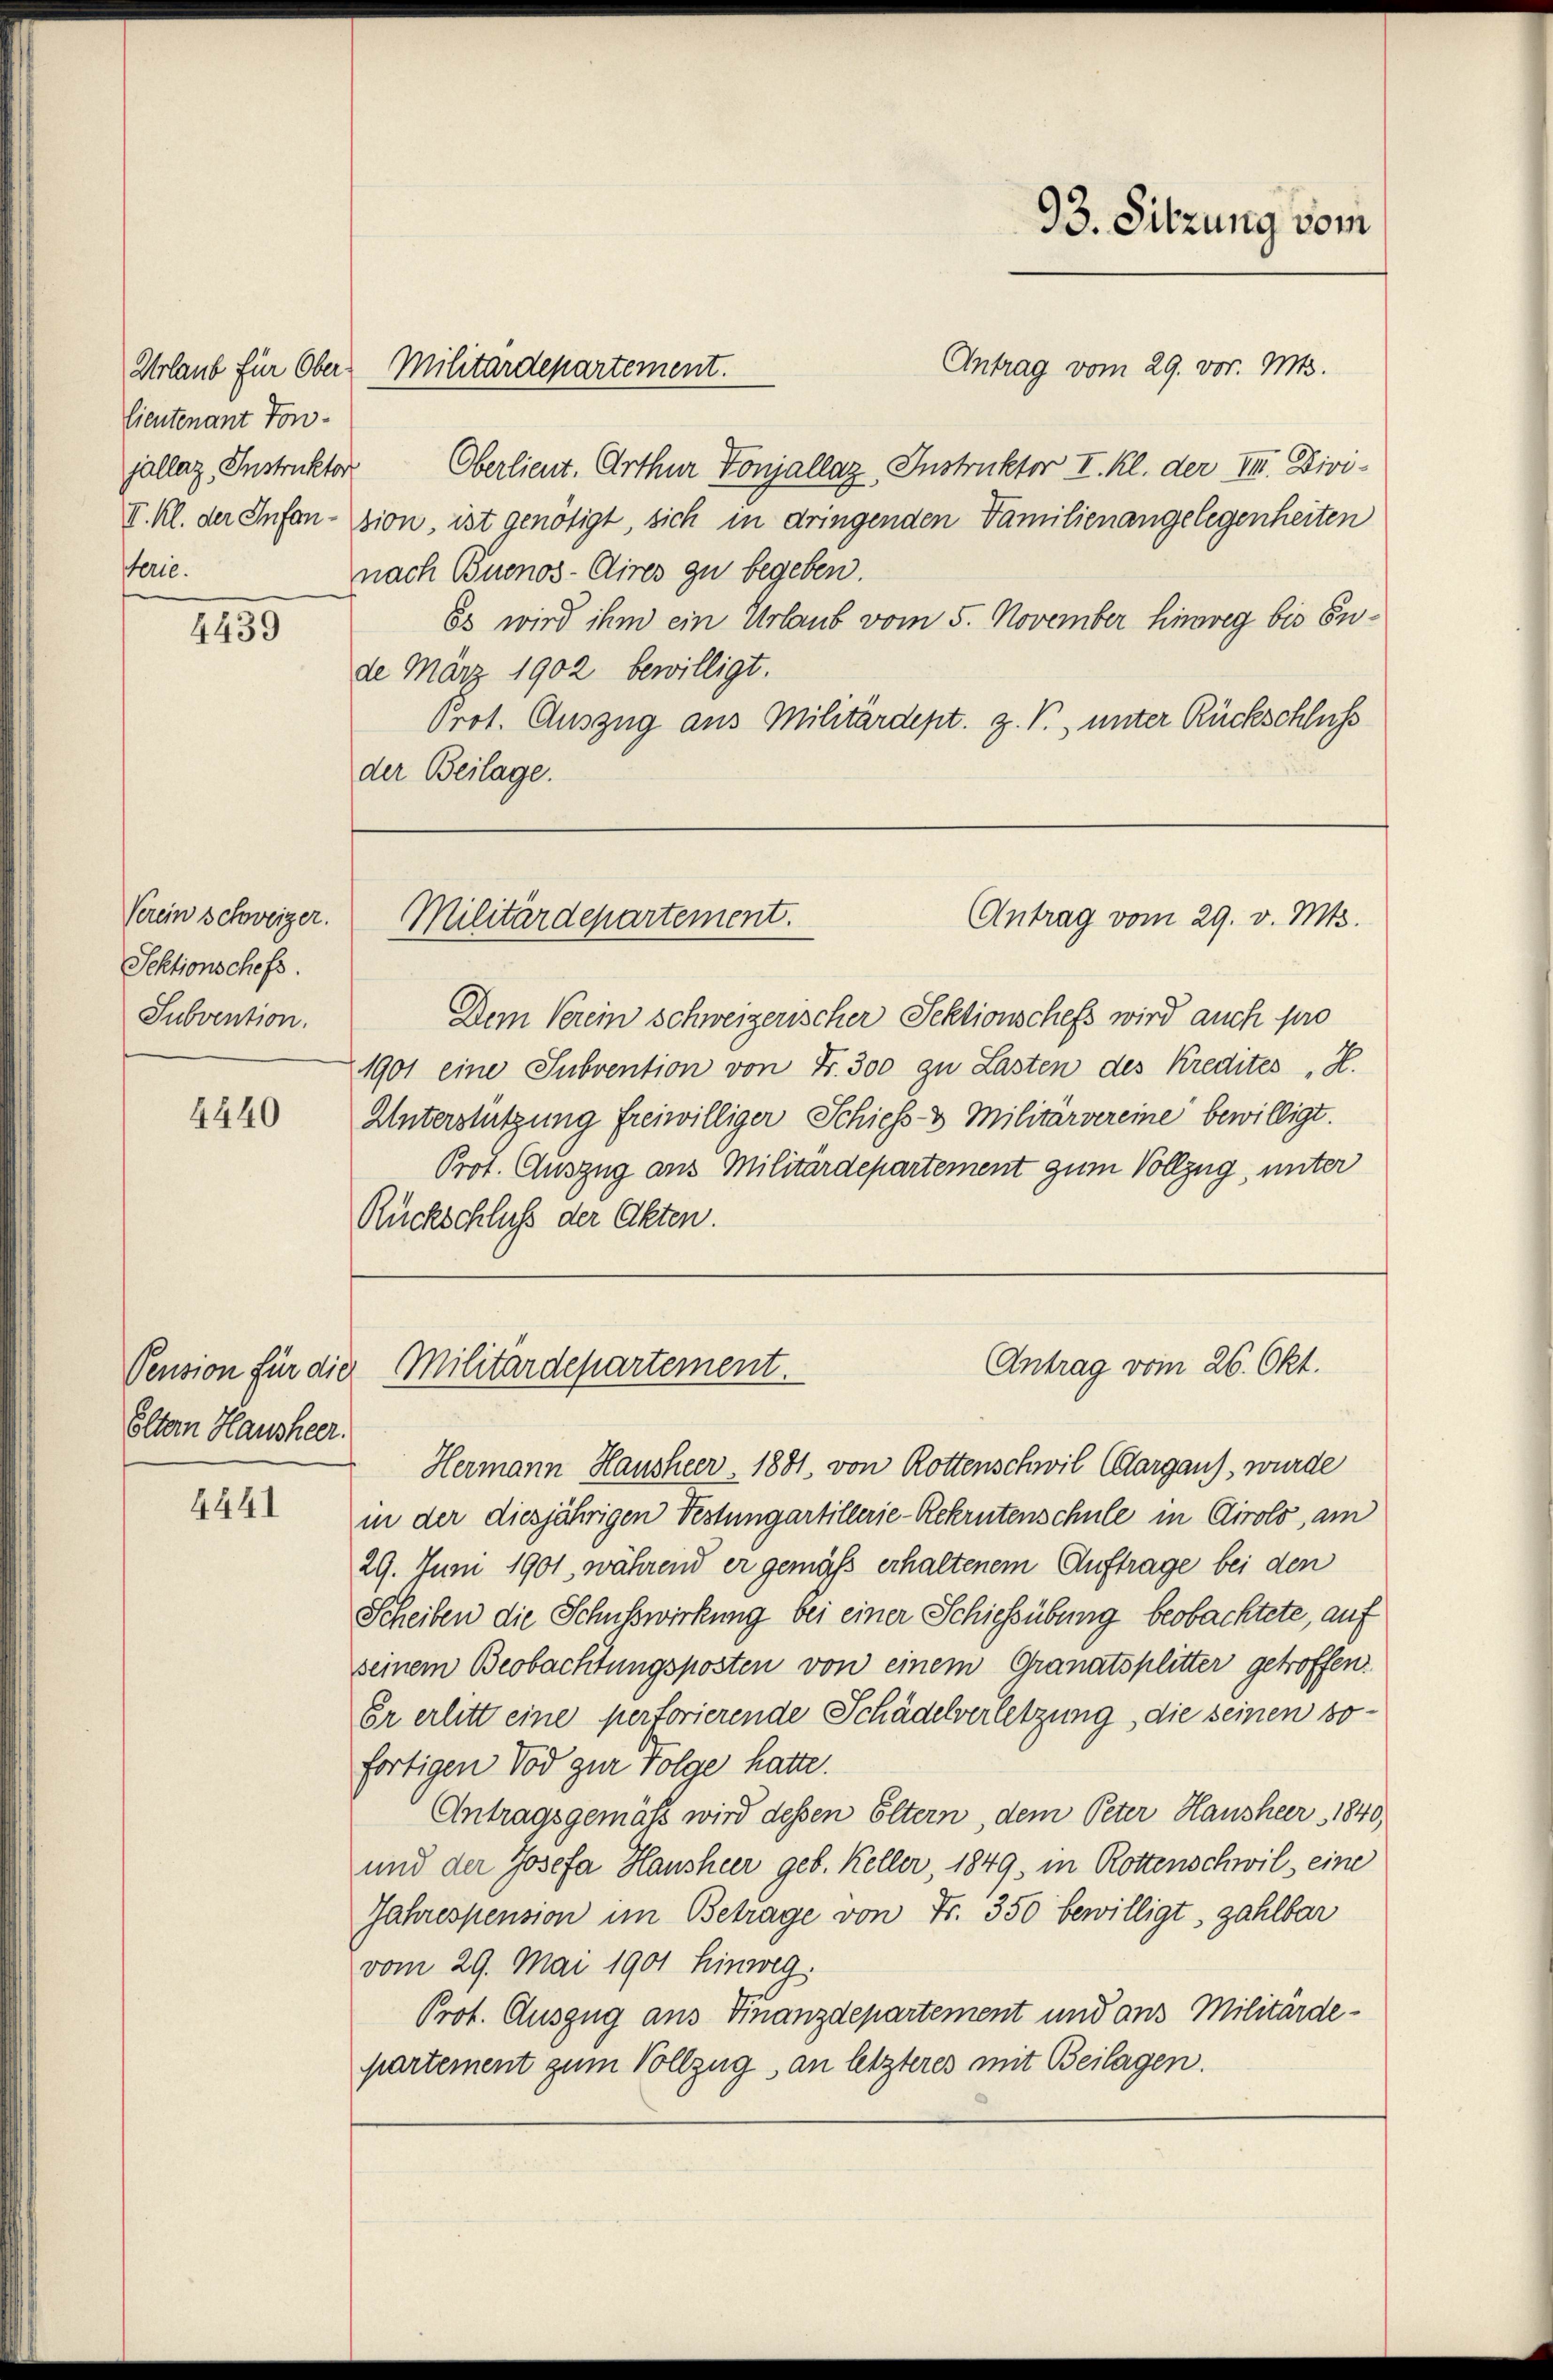
lieutenant Ton-
terie.

4439

Verein schweizer.
Sektionschefs.
Subvention.

4440

Pension für die
Eltern Hausheer.

4441

Antrag vom 29. vor. Mts.
jallaz, Instruckter Oberlieut. Arthur Toniallaz, Instruktor I. Kl. der III. Divi-
II. Kl. der Infan-sion, ist genötigt, sich in dringenden Familienangelegenheiten
nach Buenos-Cires zu begeben.
Es wird ihm ein Urlaub vom 5. November hinweg bis Ende März 1902 bewilligt.
Prot. Auszug aus Militärdept. Z. V., unter Rückschluss
der Beilage.

Urlaub für Ober-Militärdepartement.

93. Sitzung vom

Antrag vom 29. v. Mts.
Militärdepartement.

Dem Verein schweizerischer Sektionschefs wird auch pro
1901 eine Subvention von Fr. 300 zu Lasten des Kredites, H.
Unterstützung freiwilliger Schiess- & Militärvereine bewilligt.
Prot. Auszug aus Militärdepartement zum Vollzug, unter
Rückschluß der Akten.

Antrag vom 26. Okt.
Militärdepartement.

Hermann Hausheer, 1881, von Rottenschwil Cargaus, wurde
in der diesjährigen Festungartillerie-Rehrntenschule in Cirolo, am
29. Juni 1901, während er gemäß erhaltenem Auftrage bei den
Scheiben die Schusswirkung bei einer Schiessübung beobachtete, auf
seinem Beobachtungsposten von einem Granatsplitter getroffen.
Er erlitt eine pertorierende Schädelverletzung, die seinen so-
fortigen Tod zur Folge hatte.
Antragsgemäss wird dessen Eltern, dem Peter Hausheer 1840
und der Josefa Hausheer geb. Keller, 1849, in Rottenschwil eine
Jahrespension im Betrage von Fr. 350 bewilligt, zahlbar
vom 29. Mai 1901 hinweg.
Prot. Auszug aus Finanzdepartement und ans Militärde-
partement zum Vollzug an letzteres mit Beilagen.